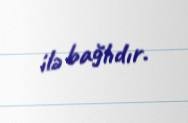
ilə bağlıdır.